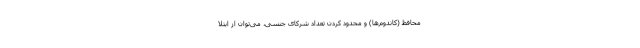
محافظ (کاندوم‌ها) و محدود کردن تعداد شرکای جنسی، می‌توان از ابتلا